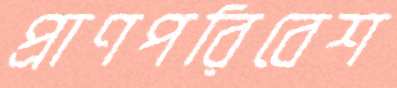
প্রাণপরিবেশ